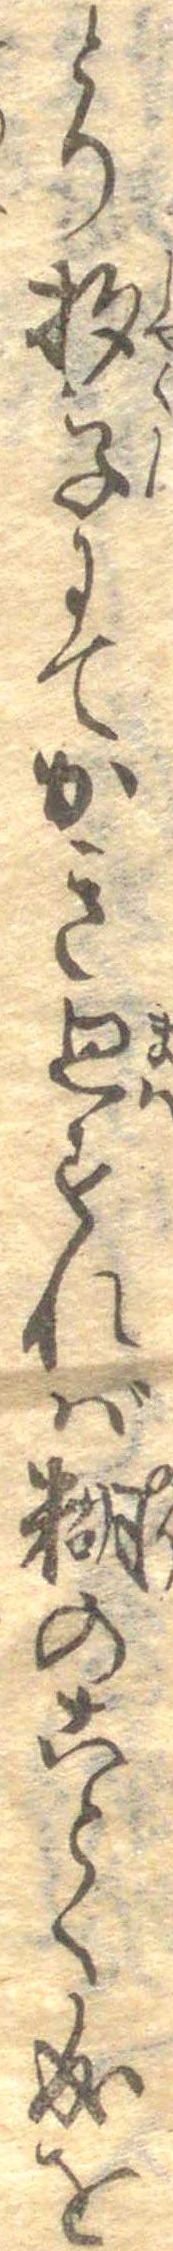
とり杓子にてかき廻すれば糊のことく成を